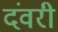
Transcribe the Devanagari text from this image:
दंवरी